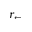
r _ { \leftarrow }